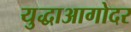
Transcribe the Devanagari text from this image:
युद्धाआगोदर